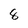
Character: 8